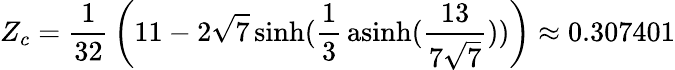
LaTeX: Z_{c}={\frac{1}{32}}\left(11-2{\sqrt{7}}\sinh({\frac{1}{3}}\operatorname{asinh}({\frac{13}{7{\sqrt{7}}}}))\right)\approx 0.307401